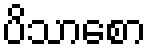
ပိသာစော